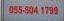
055-504